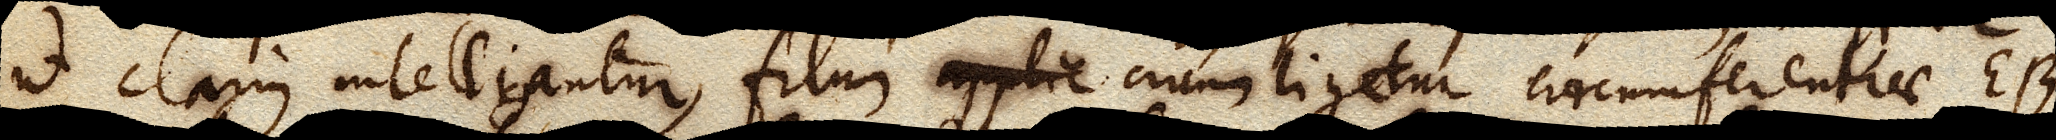
ut clarius intelligantur, filum applic circumligetur circumferentiae EB,